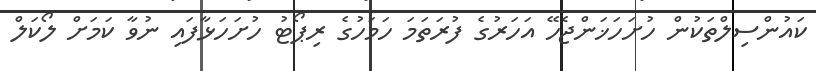
ކައުންސިލްތަކުން ހުށަހަޚަންޖެހޭ އަހަރުގެ ފުރަތަމަ ހަމަހުގެ ރިޕޯޓު ހުށަހަޅާފައި ނުވާ ކަމަށް ލޯކަލް